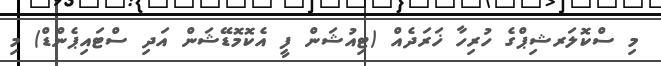
މި ސްކޮލަރޝިޕްގެ ހުރިހާ ޚަރަދެއް (ޓިއުޝަން ފީ އެކޮމޮޑޭޝަން އަދި ސްޓައިޕެންޑް) މި